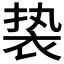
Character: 𬡓